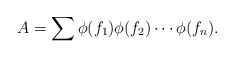
\begin{align*}A=\sum \phi (f_{1}) \phi (f_{2})\cdots \phi (f_{n}).\end{align*}